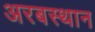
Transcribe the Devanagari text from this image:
अरबस्थान